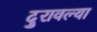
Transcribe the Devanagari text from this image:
दुरावल्या